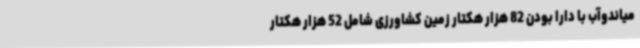
میاندوآب با دارا بودن 82 هزار هکتار زمین کشاورزی شامل 52 هزار هکتار